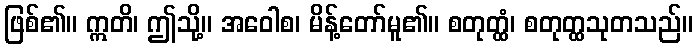
ဖြစ်၏။ ဣတိ၊ ဤသို့။ အဝေါစ၊ မိန့်တော်မူ၏။ စတုတ္ထံ၊ စတုတ္ထသုတသည်။